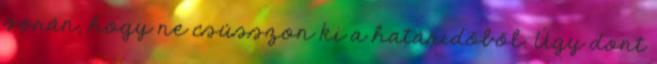
során, hogy ne csússzon ki a határidőből. Úgy dönt